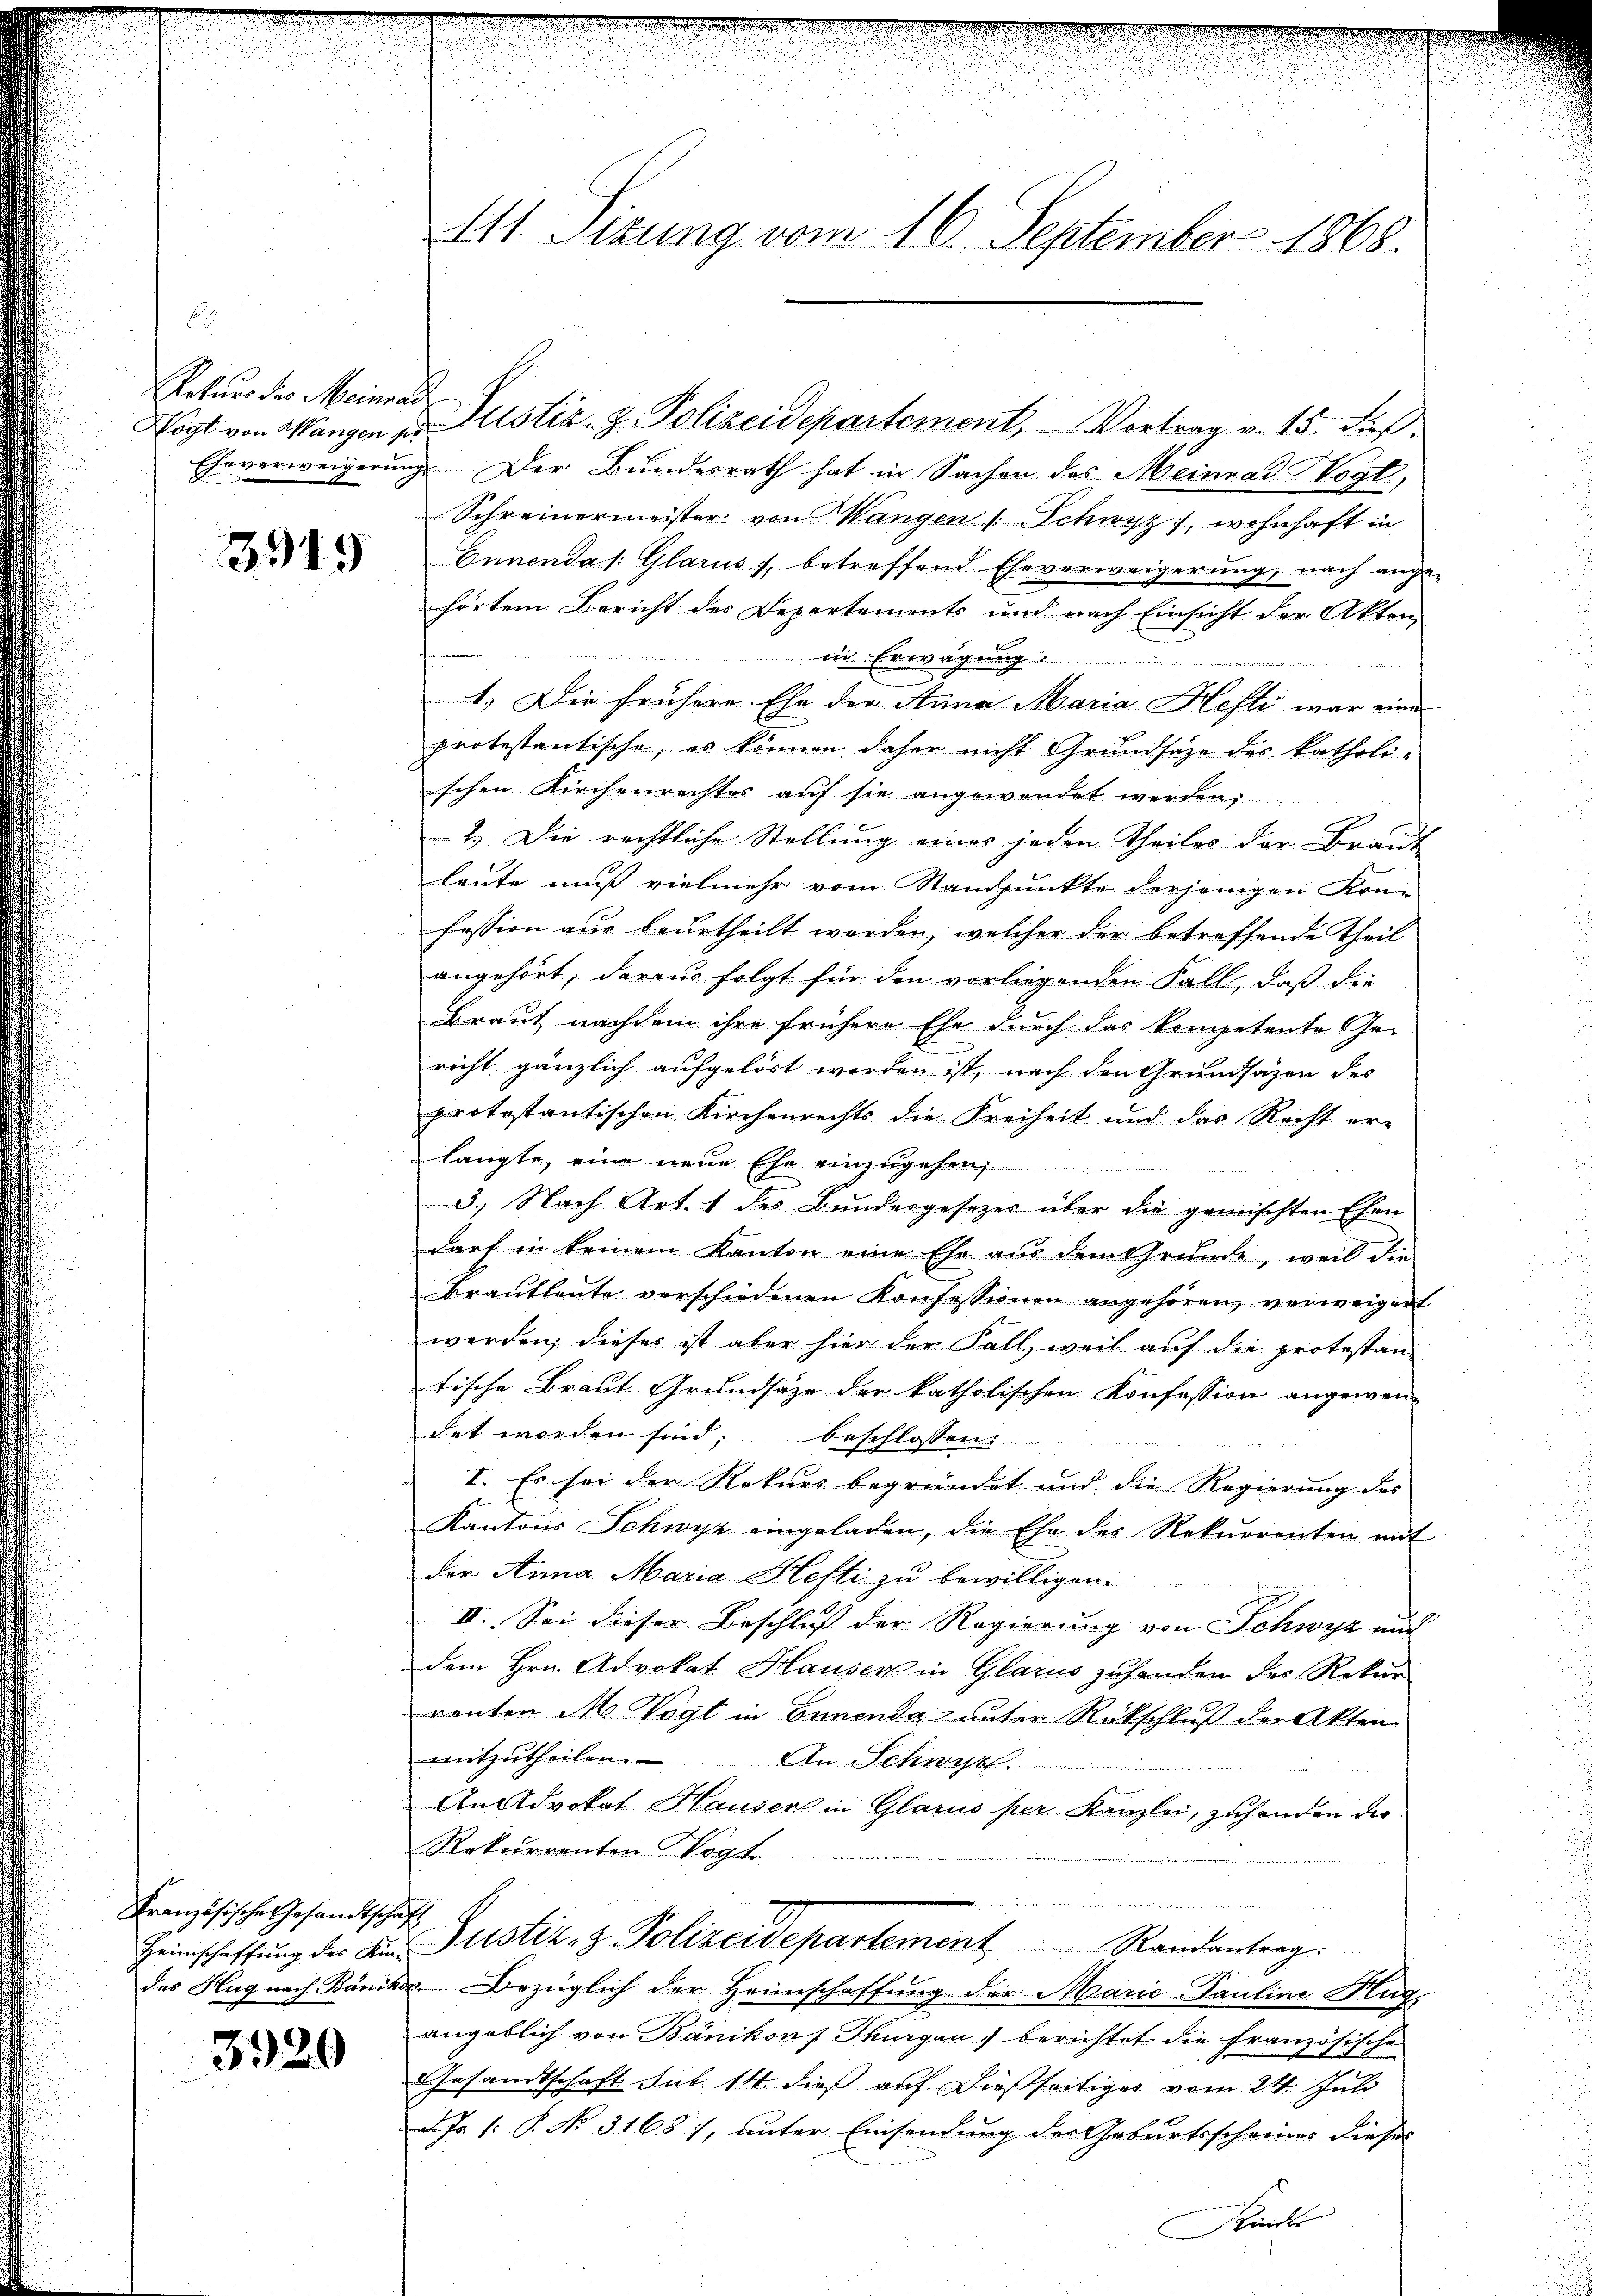
Roturs des Meinande

3919

Französische Gesandtschaft

3920

Eheverweigerung. Der Bundesrath hat in Sachen des Meinrad Vogl,
Schreinermeister von Mangen /: Schwyz, wohnhaft in
Ennenda /: Glarus), betreffend Eheverweigerung, nach ange-
hörtem Bericht des Departements und nach Einsicht der Akten
in Erwägung i

1.) Die frühere Ehe der Anna Maria Hefti war eine
protestantische, es können daher nicht Grundsätze des katholi-
schen Kirchenrechtes aŭf sie angewendet werden,
2.) Die rechtliche Stellung eines jeden Theiles der Braut
leute muss vielmehr vom Standpunkte derjenigen Kon-
fession aus beurtheilt werden, welcher der betreffende Theil
angehört, daraus folgt für den vorliegenden Fall, daß die
Braut nachdem ihre frühere Ehe durch das kompetente Ge-
n
richt gänzlich aufgelöst worden ist, nach den Grundsazen des
protestantischen Kirchenrechts die Freiheit und das Recht erlangte, eine neue Ehe einzugehen,
3.) Nach Art. 1 des Bundesgesezes über die gemischten Ehen
darf in keinem Kanton eine Ehe aus dem Grunde, weil die
Brautleute verschiedenen Konfessionen angehören, verweigert
werden, dieses ist aber hier der Fall, weil auf die protestan-
tische Braut Grundsätze der katholischen Konfession angewen
det worden sind; beschlossen:
I. Es sei der Rekurs begründet und die Regierung des
Kantons Schwyz eingeladen, die Ehe des Rekurrenten mit
der Anna Maria Hefti zu bewilligen.
II. Sei dieser Beschluss der Regierung von Schwyz auch
dem Hrn. Advokat Hausen in Glarus zuhanden des Rekur
rauten M. Vogt in Ennenda unter Rückschluß der Akten
mitzutheilen.
An Schwyz
An Advokat Hauser in Glarus per Kanzlei, zuhanden der
Rekurrenten Vogt
.
Heinschaffŭng der die Justiz- & Polizeidepartement Randantrag.
des Hug nach Bäncken Bezüglich der Heimschaffung der Marie-Pauline Kug
angeblich von Bänikon, Thurgau) berichtet die Französische
Gesandtschaft sub. 14. dieß auf dießseitiges vom 24. Juli
d. Js /: P. No. 3168), unter Einsendung der Geburtsscheiner dieses |
Kindes

111. Sizung vom 16. September 1868.

Hogt von Wangen zu Justiz- & Polizeidepartement, Vortrag v. 15. Fuß.